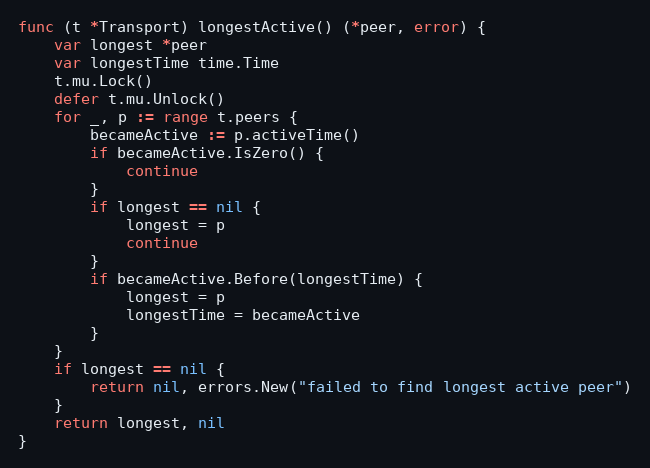
Language: Go
func (t *Transport) longestActive() (*peer, error) {
	var longest *peer
	var longestTime time.Time
	t.mu.Lock()
	defer t.mu.Unlock()
	for _, p := range t.peers {
		becameActive := p.activeTime()
		if becameActive.IsZero() {
			continue
		}
		if longest == nil {
			longest = p
			continue
		}
		if becameActive.Before(longestTime) {
			longest = p
			longestTime = becameActive
		}
	}
	if longest == nil {
		return nil, errors.New("failed to find longest active peer")
	}
	return longest, nil
}